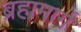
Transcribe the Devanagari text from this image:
ब्रहामार्ग